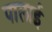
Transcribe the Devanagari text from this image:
पालाई